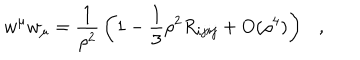
LaTeX: w ^ { \mu } w _ { \mu } = { \frac { 1 } { \rho ^ { 2 } } } \left( 1 - \frac 1 3 \rho ^ { 2 } R _ { i j i j } + O ( \rho ^ { 4 } ) \right) ,